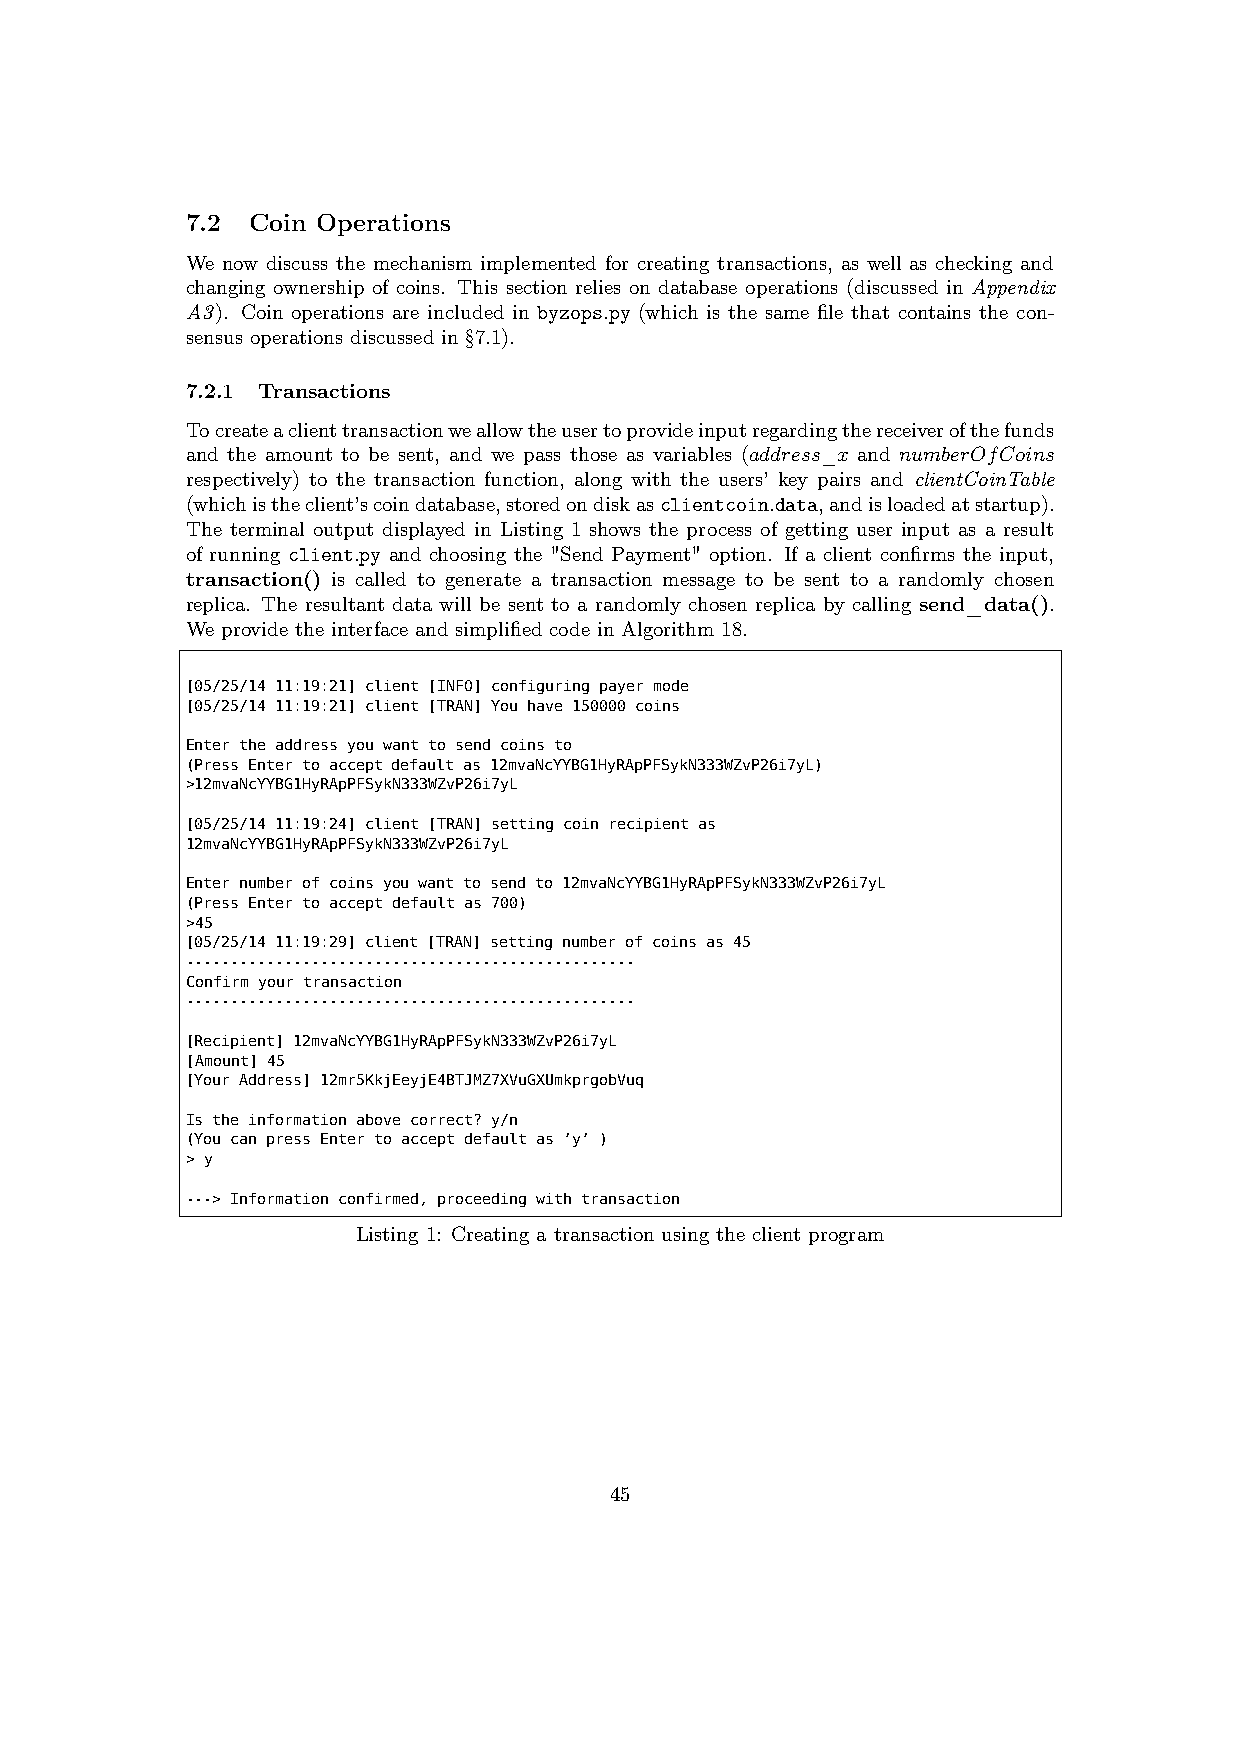
7.2  Coin Operations
 We now discuss the mechanism implemented for creating transactions, as well as checking and
 changing ownership of coins. This section relies on database operations (discussed in Appendix
 A3). Coin operations are included in byzops.py (which is the same file that contains the con-
 sensus operations discussed in §7.1).
 7.2.1 Transactions
 Tocreateaclienttransactionweallowtheusertoprovideinputregardingthereceiverofthefunds
 and the amount to be sent, and we pass those as variables (address_x and numberOfCoins
 respectively) to the transaction function, along with the users’ key pairs and clientCoinTable
 (whichistheclient’scoindatabase,storedondiskasclientcoin.data,andisloadedatstartup).
 The terminal output displayed in Listing 1 shows the process of getting user input as a result
 of running client.py and choosing the "Send Payment" option. If a client confirms the input,
 transaction() is called to generate a transaction message to be sent to a randomly chosen
 replica. The resultant data will be sent to a randomly chosen replica by calling send_data().
 We provide the interface and simplified code in Algorithm 18.
 [05/25/14 11:19:21] client [INFO] configuring payer mode
 [05/25/14 11:19:21] client [TRAN] You have 150000 coins
 Enter the address you want to send coins to
 (Press Enter to accept default as 12mvaNcYYBG1HyRApPFSykN333WZvP26i7yL)
 >12mvaNcYYBG1HyRApPFSykN333WZvP26i7yL
 [05/25/14 11:19:24] client [TRAN] setting coin recipient as
 12mvaNcYYBG1HyRApPFSykN333WZvP26i7yL
 Enter number of coins you want to send to 12mvaNcYYBG1HyRApPFSykN333WZvP26i7yL
 (Press Enter to accept default as 700)
 >45
 [05/25/14 11:19:29] client [TRAN] setting number of coins as 45
 --------------------------------------------------
 Confirm your transaction
 --------------------------------------------------
 [Recipient] 12mvaNcYYBG1HyRApPFSykN333WZvP26i7yL
 [Amount] 45
 [Your Address] 12mr5KkjEeyjE4BTJMZ7XVuGXUmkprgobVuq
 Is the information above correct? y/n
 (You can press Enter to accept default as ’y’ )
 > y
 ---> Information confirmed, proceeding with transaction
 Listing 1: Creating a transaction using the client program
 45